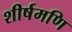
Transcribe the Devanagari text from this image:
शीर्षमणि